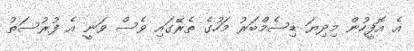
އެ އޮފީހުން މިދިޔަ ޑިސެމްބަރު މަހުގެ ތެރޭގައި ވެސް ވަނީ އެ ފުރުސަތު